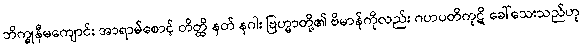
ဘိက္ခုနီမကျောင်း အာရာမ်စောင့် တိတ္ထိ နတ် နဂါး ဗြဟ္မာတို့၏ ဗိမာန်ကိုလည်း ဂဟပတိကုဋိ ခေါ်သေးသည်ဟု